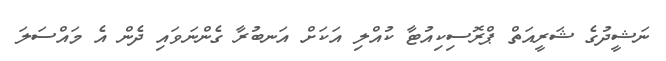
ނަޝީދުގެ ޝަރީއަތް ޕްރޮސިކިއުޓާ ކުއްލި އަކަށް އަނބުރާ ގެންނަވައި ދެން އެ މައްސަލަ